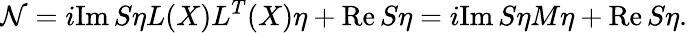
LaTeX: {\cal N}=i\mathrm{Im}\, S\eta L(X)L^{T}(X)\eta+\mathrm{Re}\, S\eta=i\mathrm{Im}\, S\eta M\eta+\mathrm{Re}\, S\eta.